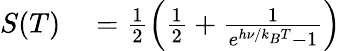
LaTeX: \begin{array}{rl}{S(T)}&{{}=\frac{1}{2}\left(\frac{1}{2}+\frac{1}{e^{h\nu/k_{B}T}-1}\right)}\end{array}